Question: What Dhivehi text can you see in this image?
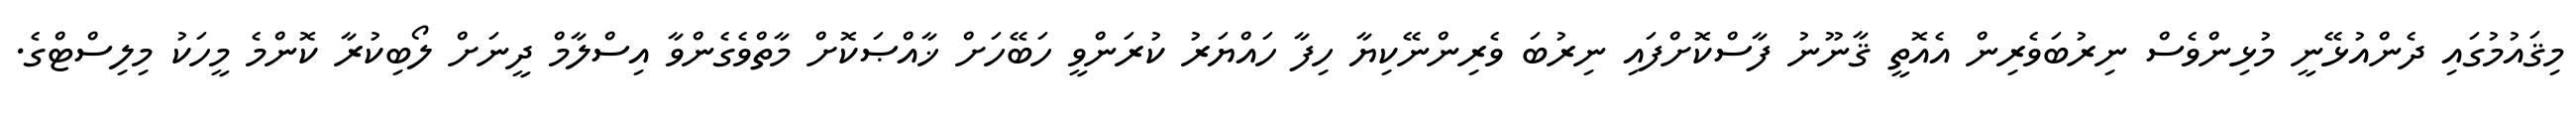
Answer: މިޤައުމުގައި ދެންއުޅޭނީ މުޅިންވެސް ނިރުބަވެރިން އެއޮތީ ޤާނޫނު ފާސްކޮށްފައި ނިރުބަ ވެރިންނޭކިޔާ ހިފާ ހައްޔަރު ކުރަންވީ ހަބޭހަށް ޚާއްޞަކޮށް މާތްވެގެންވާ އިސްލާމް ދީނަށް ލޯބިކުރާ ކޮންމެ މީހަކު މިލިސްޓްގެ.